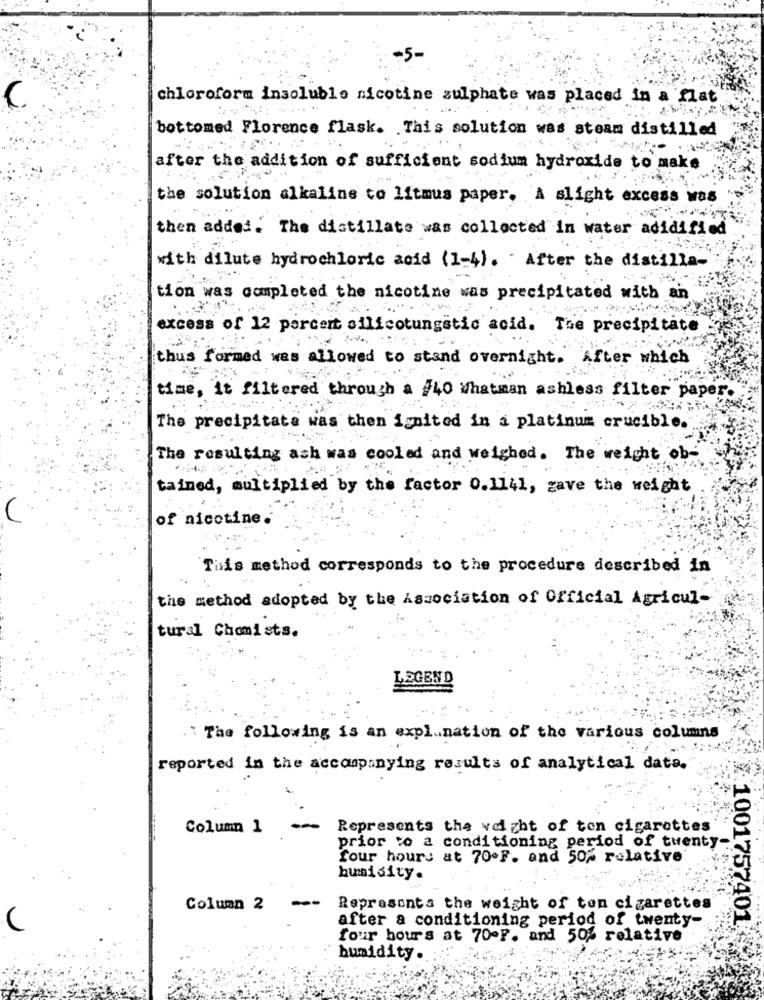
-5-
chloroform insoluble nicotine sulphate was placed in a flat
bottomed Florence flask. This solution was steam distilled
after the addition of sufficient sodium hydroxide to make
the solution alkaline to litmus paper. A slight excess was
then added. The distillate was collected in water acidified
with dilute hydrochloric acid (1-4). " After the distilla-
tion was completed the nicotine was precipitated with an
excess of 12 percert silicotungstic acid. The precipitate
thus formed was allowed to stand overnight. After which
time, it filtered through a #40 Whatman ashless filter paper.
The precipitate was then ignited in a platinum crucible.
The resulting ash was cooled and weighed. The weight ob-
tained, multiplied by the factor 0.1141, gave the weight
C
of nicotine.
This method corresponds to the procedure described in
the method adopted by the Association of Official Agricul-
tural Chomists.
LEGEND
."The following is an explanation of the various columns
reported in the accompanying results of analytical date.
Column 1 --
Represents the weight of ten cigarettes
prior to a conditioning period of twenty-
four hours at 70-F. and 50% relative
humidity.
:¥10017574
--
Column 2
Represents the weight of ton cigarettes
after a conditioning period of twenty-
four hours at 70ºF. and 50% relative
humidity.